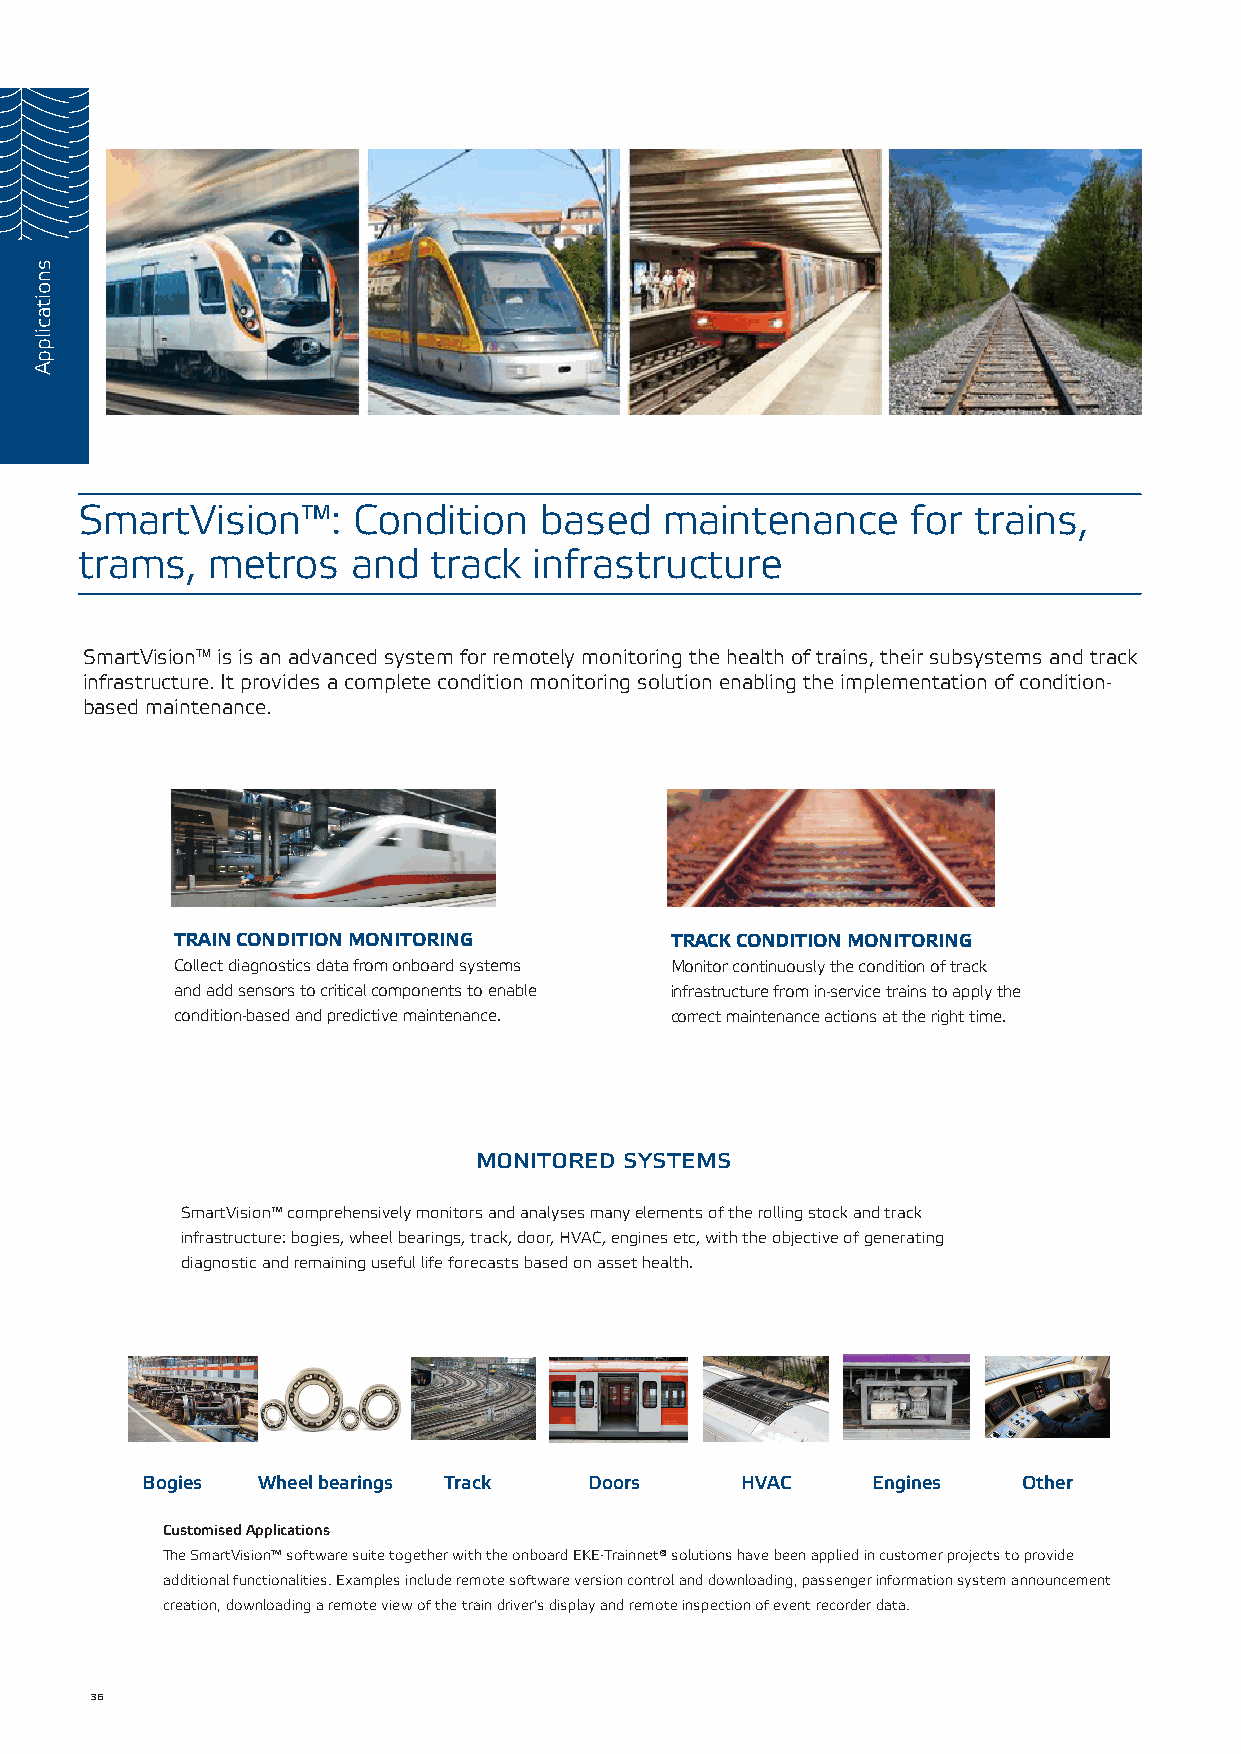
SmartVision™:     Condition    based   maintenance     for trains,
 trams,   metros   and   track infrastructure
 SmartVision™ is is an advanced system for remotely monitoring the health of trains, their subsystems and track
 infrastructure. It provides a complete condition monitoring solution enabling the implementation of condition-
 based maintenance.
 TRAIN CONDITION MONITORING      TRACK CONDITION MONITORING
 Collect diagnostics data from onboard systems Monitor continuously the condition of track
 and add sensors to critical components to enable infrastructure from in-service trains to apply the
 condition-based and predictive maintenance. correct maintenance actions at the right time.
 monitored systems
 SmartVision™ comprehensively monitors and analyses many elements of the rolling stock and track
 infrastructure: bogies, wheel bearings, track, door, HVAC, engines etc, with the objective of generating
 diagnostic and remaining useful life forecasts based on asset health.
 Bogies  Wheel bearings Track  Doors     HVAC     Engines   Other
 Customised Applications
 The SmartVision™ software suite together with the onboard EKE-Trainnet® solutions have been applied in customer projects to provide
 additional functionalities. Examples include remote software version control and downloading, passenger information system announcement
 creation, downloading a remote view of the train driver's display and remote inspection of event recorder data.
 36
 snoitacilppA